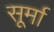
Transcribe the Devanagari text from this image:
सूर्मा